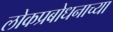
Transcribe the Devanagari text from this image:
लोकप्रबोधनाच्या